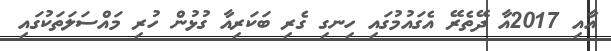
އާއި 2017އާ ދޭތެރޭ އެގައުމުގައި ހިނގި ގެރި ބަކަރިއާ ގުޅުން ހުރި މައްސަލަތަކުގައި